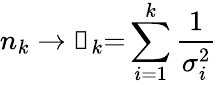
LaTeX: n_{k}\rightarrow{\mathscr{n}}_{k}{=}\sum_{i=1}^{k}\frac{1}{\sigma_{i}^{2}}